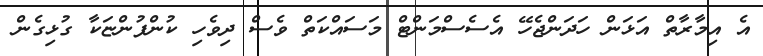
އެ އިމާރާތް އަޅަން ހަދަންޖެހޭ އެސެސްމަންޓް މަސައްކަތް ވެސް ދިވެހި ކުންފުންޏަކާ ގުޅިގެން